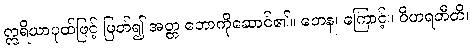
ဣရိယာပုထ်ဖြင့် ဖြတ်၍ အတ္တ ဘောကိုဆောင်၏။ တေန၊ ကြောင့်။ ဝိဟရတီတိ၊